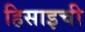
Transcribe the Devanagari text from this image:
हिसाइची